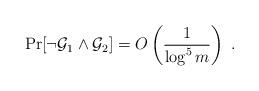
LaTeX: \begin{align*} \Pr[\lnot\mathcal{G}_1\land\mathcal{G}_2]=O\left(\frac{1}{\log^5 m}\right)\;.\end{align*}